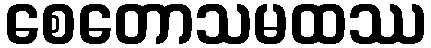
စေတောသမထဿ